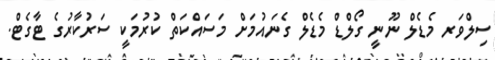
ސިލްވަރ މެޑެލް ނޫނީ ގޯލްޑް މެޑެލް ގެނައުމަށް މަސައްކަތް ކުރުމަކީ ސަރުކާރުގެ ޓާގެޓް.